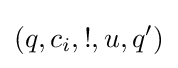
(q,c_{i},!,u,q')